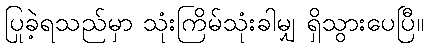
ပြုခဲ့ရသည်မှာ သုံးကြိမ်သုံးခါမျှ ရှိသွားပေပြီ။